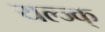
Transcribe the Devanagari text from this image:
यल्ज्क्